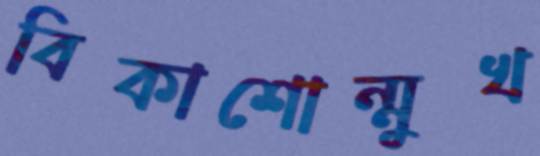
বিকাশোন্মুখ